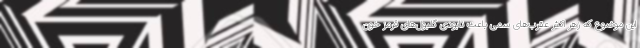
این موضوع که زهر اکثر عقرب‌های سمی باعث نابودی گلبول‌های قرمز خون